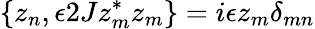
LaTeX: \{ z_{n},\epsilon 2Jz_{m}^{\ast}z_{m}\} =i\epsilon z_{m}\delta_{mn}